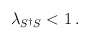
\begin{align*}\lambda_{S^\dagger S}<1\,.\end{align*}